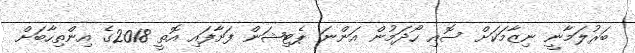
ބަރުލަމާނީ ނިޒާމަކަށް ސޮއި ހޯދަމުން އަންނަ ޕެޓިޝަން ފަށާފައި އޮތީ 2018ގެ އިންތިހާބަށް